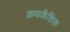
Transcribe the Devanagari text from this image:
क्रथकैशिक